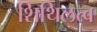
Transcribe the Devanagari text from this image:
शिथिलत्व